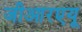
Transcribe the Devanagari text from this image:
जीआरएयू